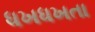
ધખધખતા